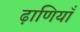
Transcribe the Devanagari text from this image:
ढ़ाणियाँ